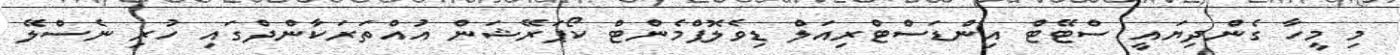
މި މީހާ ގެންދިޔައީ ސްޓޭޓް އިންޑަސްޓްރިއަލް ޑިވެލޮޕްމެންޓް ކޯޕަރޭޝަން އުއްތަރަކާންދްގައި ހުރި ނެސްލޭ